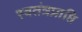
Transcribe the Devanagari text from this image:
स्वतंत्रप्राप्ति